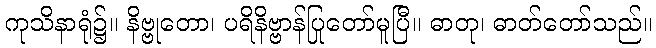
ကုသိနာရုံ၌။ နိဗ္ဗုတော၊ ပရိနိဗ္ဗာန်ပြုတော်မူပြီ။ ဓာတု၊ ဓာတ်တော်သည်။